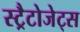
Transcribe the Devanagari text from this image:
स्ट्रैटोजेट्स